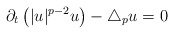
\begin{align*}\partial_t\left(|u|^{p-2}u\right)-\triangle_p u=0\end{align*}